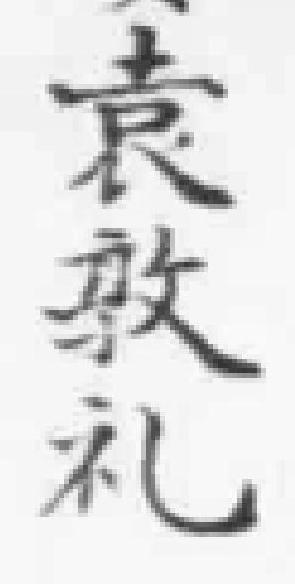
袁敦礼